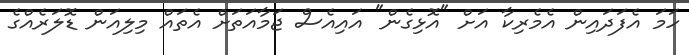
ހަމަ އެފަދައިން އެމެރިކާ އަށް "އޮޅިގެން" އައިއެސް ޖަމާއަތަށް އެތައް މިލިއަން ޑޮލަރެއްގެ